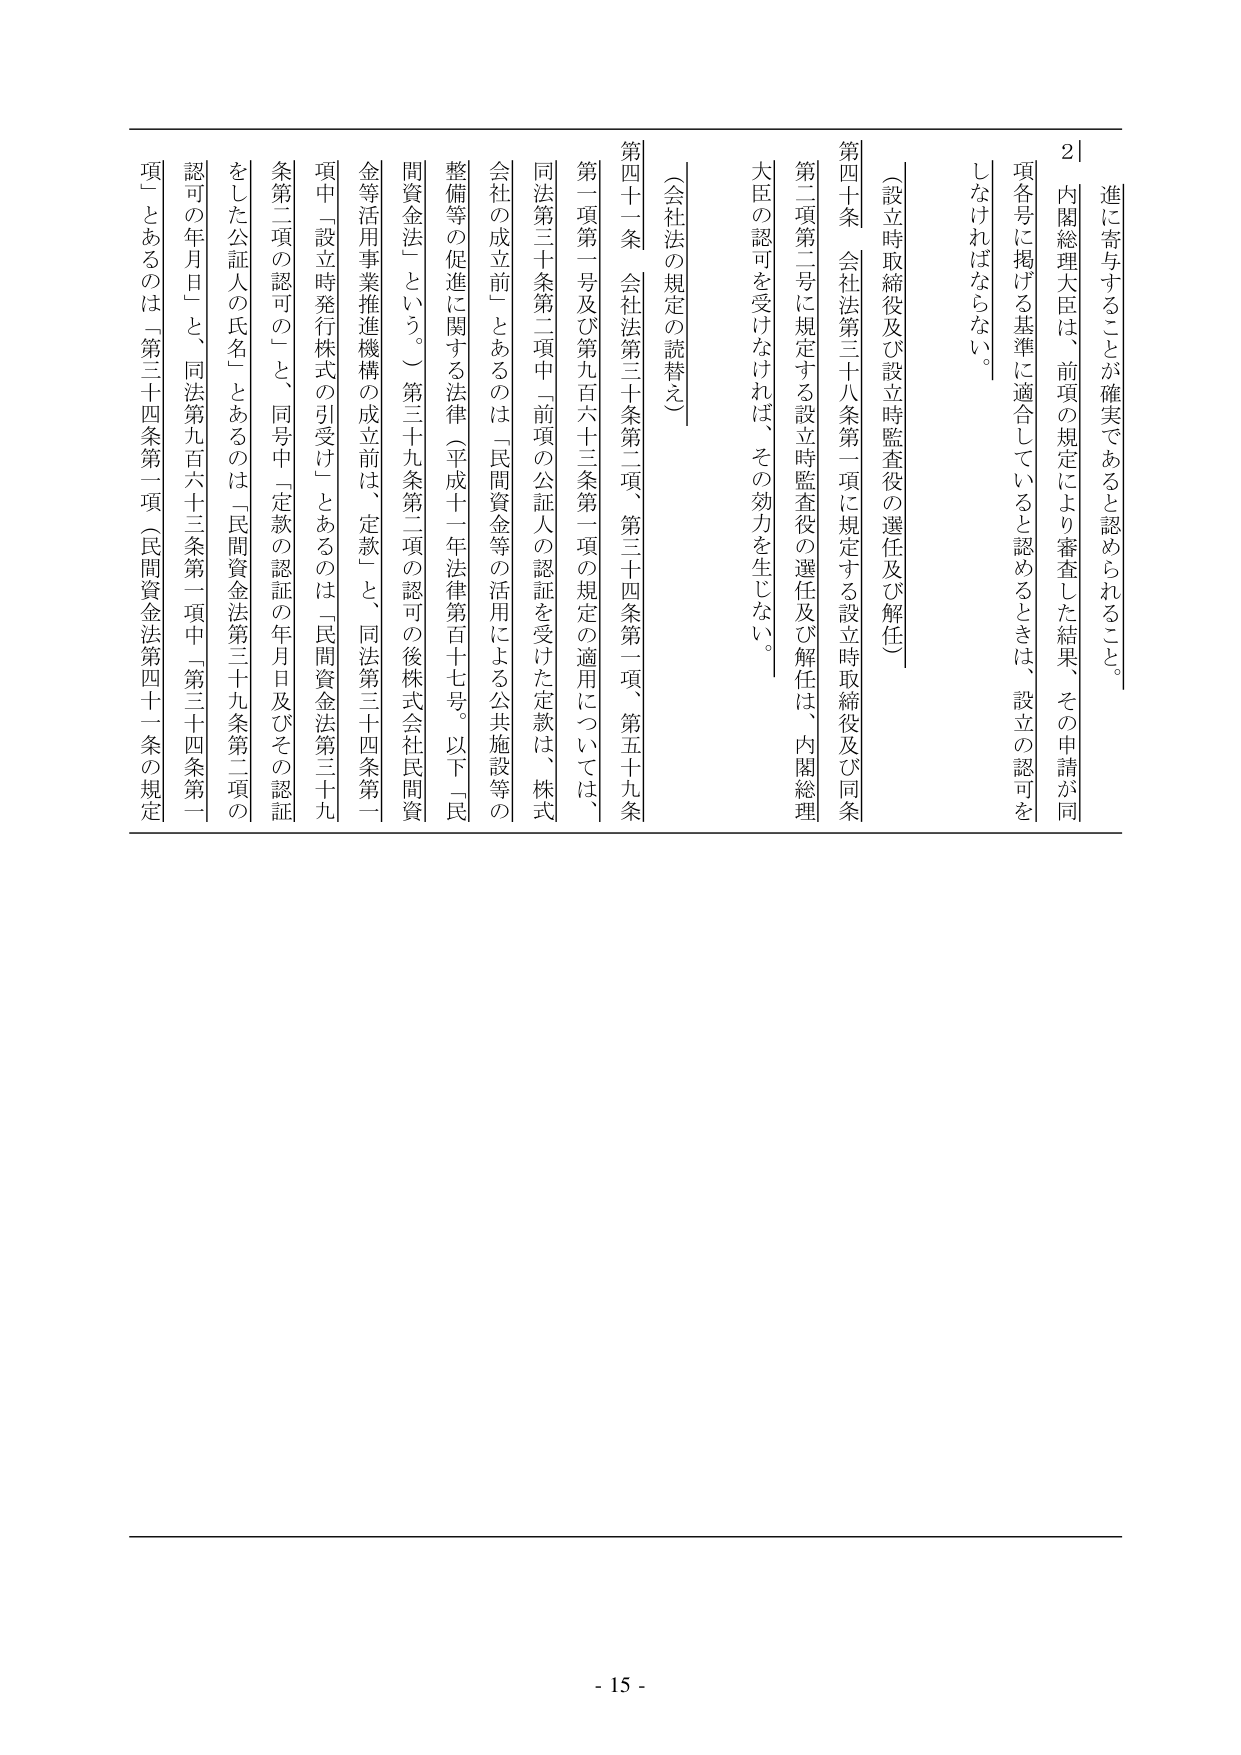
進に寄与することが確実であると認められること。
2｜内閣総理大臣は、前項の規定により審査した結果、その申請が同
項各号に掲げる基準に適合していると認めるときは、設立の認可を
しなければならない。
（設立時取締役及び設立時監査役の選任及び解任）
第四十条 会社法第三十八条第一項に規定する設立時取締役及び同条
第二項第二号に規定する設立時監査役の選任及び解任は、内閣総理
大臣の認可を受けなければ、その効力を生じない。
（会社法の規定の読替え）
第四十一条 会社法第三十条第二項、第三十四条第一項、第五十九条
第一項第一号及び第九百六十三条第一項の規定の適用については、
同法第三十条第二項中「前項の公証人の認証を受けた定款は、株式
会社の成立前」とあるのは「民間資金等の活用による公共施設等の
整備等の促進に関する法律（平成十一年法律第百十七号。以下「民
間資金法」という。）第三十九条第二項の認可の後株式会社民間資
金等活用事業推進機構の成立前は、定款」と、同法第三十四条第一
項中「設立時発行株式の引受け」とあるのは「民間資金法第三十九
条第二項の認可の」と、同号中「定款の認証の年月日及びその認証
をした公証人の氏名」とあるのは「民間資金法第三十九条第二項の
認可の年月日」と、同法第九百六十三条第一項中「第三十四条第一
項」とあるのは「第三十四条第一項（民間資金法第四十一条の規定
- 15 -